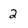
Character: 2